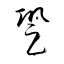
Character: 跫